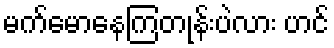
မက်မောနေကြတုန်းပဲလား ဟင်